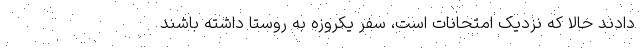
دادند حالا که نزدیک امتحانات است، سفر یکروزه به روستا داشته باشند